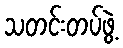
သတင်းတပ်ဖွဲ့